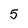
Character: 5